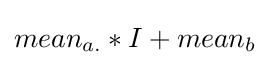
mean_{a.}*I+mean_{b}